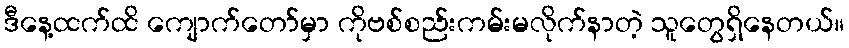
ဒီနေ့ထက်ထိ ကျောက်တော်မှာ ကိုဗစ်စည်းကမ်းမလိုက်နာတဲ့ သူတွေရှိနေတယ်။